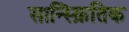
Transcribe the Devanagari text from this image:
सान्स्क्रितिक